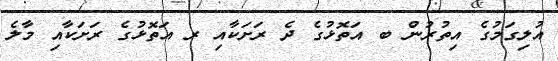
އުލިގަމުގެ އިތުރުން ބ އަތޮޅުގެ ދެ ރަށަކާއި ރ އަތޮޅުގެ ރަށަކާއި މާލެ